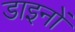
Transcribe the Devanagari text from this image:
डाइनों